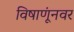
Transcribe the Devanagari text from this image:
विषाणूंनवर